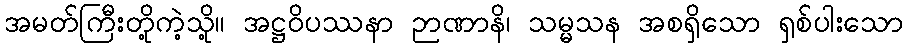
အမတ်ကြီးတို့ကဲ့သို့။ အဋ္ဌဝိပဿနာ ဉာဏာနိ၊ သမ္မသန အစရှိသော ရှစ်ပါးသော